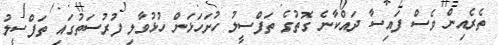
ތެރެއިން ވެސް ފައިސާ ދައްކާނެ ގޮތުގެ ތަފްސީލު ހުށަހަޅަން ހުޅުވާލި ފުރުސަތުގައި ތަފްސީލު